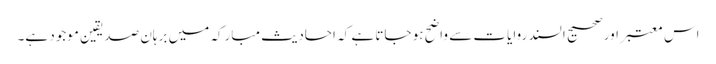
اس معتبر اور صحیح السند روایات سے واضح ہو جاتا ہے کہ احادیث مبارکہ میں برہان صدیقین موجود ہے۔